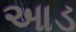
આડ